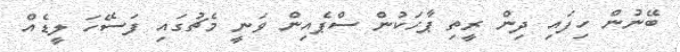
ބޭނުން ހިފައި ދިން ރީތި ޕާހަކުން ސްޕެއިން ވަނީ މެޗުގައި ފަސޭހަ ލީޑެއް